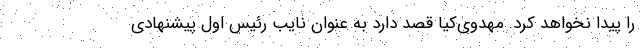
را پیدا نخواهد کرد. مهدوی‌کیا قصد دارد به عنوان نایب رئیس اول پیشنهادی